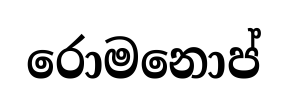
රොමනොප්